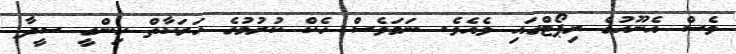
ވެސް އެނޫހުގެ ރިޕޯޓްގައި ވެއެވެ. ނަމަވެސް ހެކް ކުރުމުގެ ހަރަކާތް ހިންގީ ސީދާ